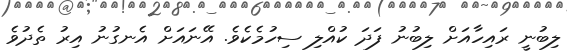
ލިބުނީ ރައިހާއަށް ލިބުނު ފަދަ ކުއްލި ސިހުމެކެވެ. އޭނައަށް އެނގުނު އިރު ތެދުވެ